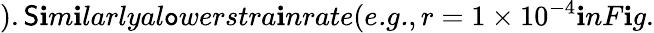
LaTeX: ).\mathsf{S}\mathbf{i}m\mathbf{i}larlyal\mathtt{o}werstra\mathbf{i}nrate(\textit{{e.g.}},r=1\times10^{-4}\mathbf{i}nF\mathbf{i}g.